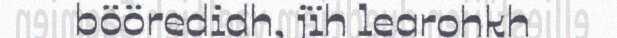
bööredidh, jïh learohkh